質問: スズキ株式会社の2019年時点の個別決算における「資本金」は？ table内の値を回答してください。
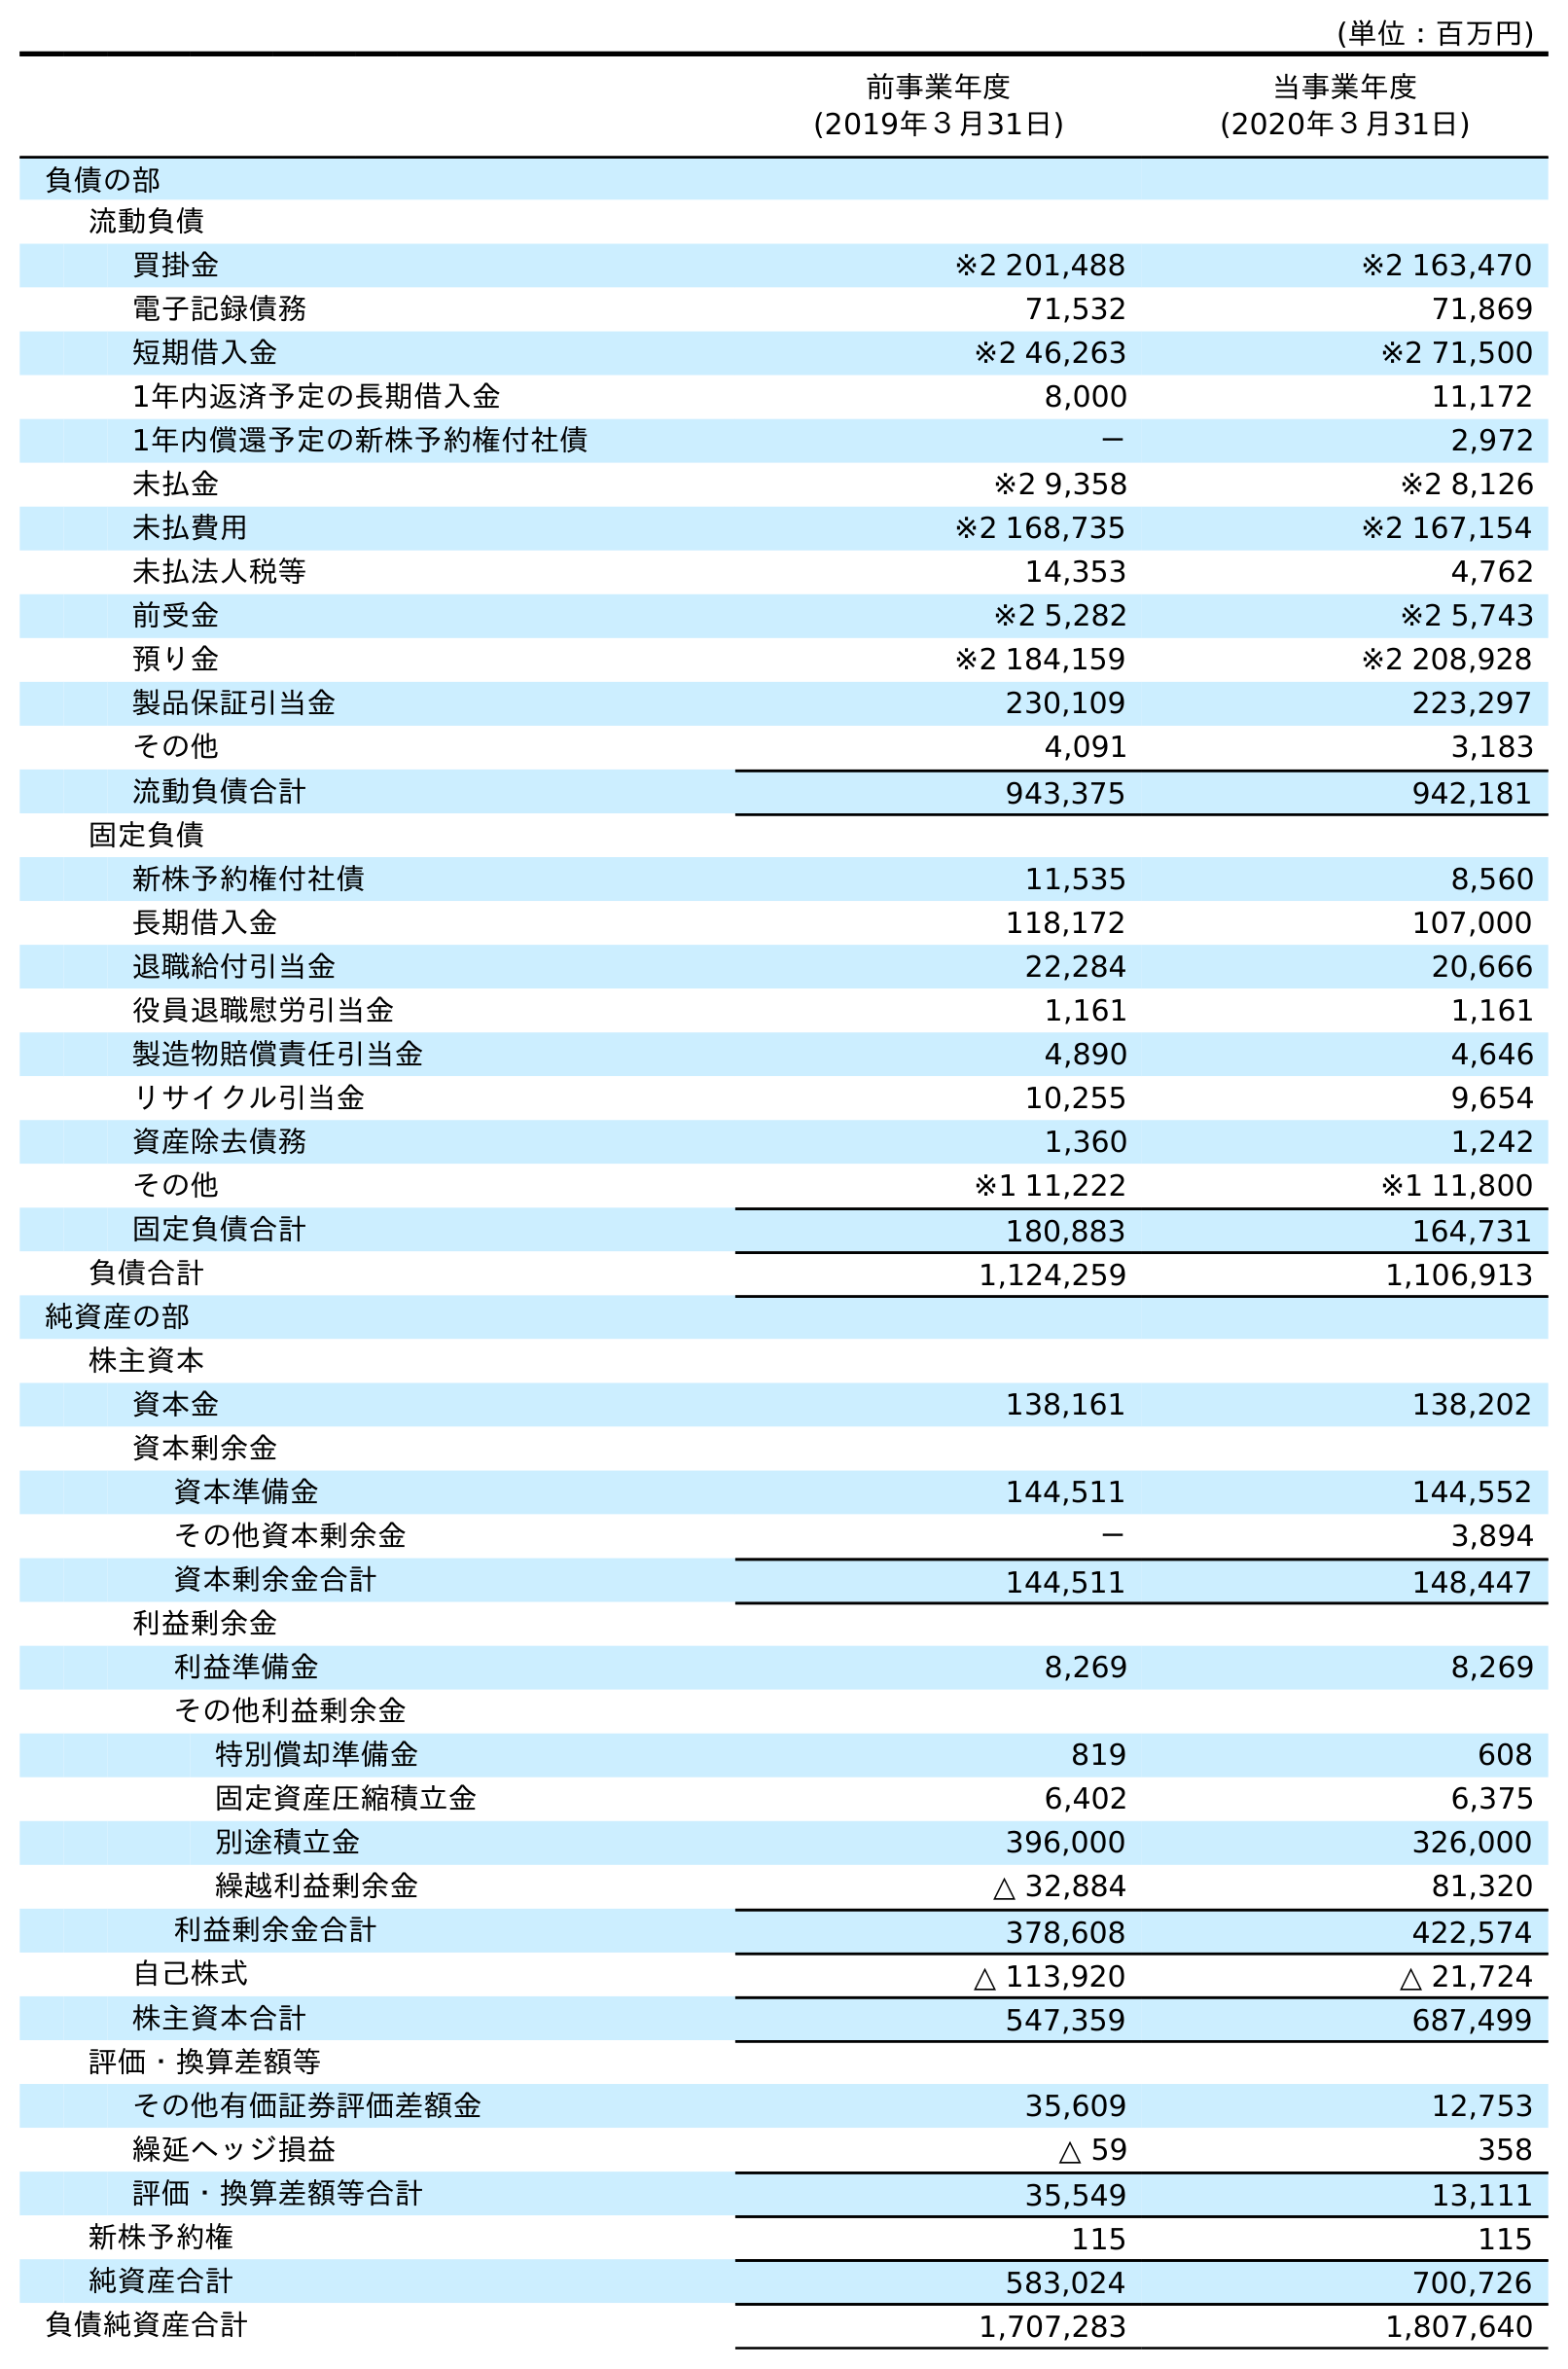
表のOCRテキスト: (単位：百万円) 前事業年度 (2019年３月31日) 当事業年度 (2020年３月31日) 負債の部 流動負債 買掛金 ※2 201,488 ※2 163,470 電子記録債務 71,532 71,869 短期借入金 ※2 46,263 ※2 71,500 1年内返済予定の長期借入金 8,000 11,172 1年内償還予定の新株予約権付社債 － 2,972 未払金 ※2 9,358 ※2 8,126 未払費用 ※2 168,735 ※2 167,154 未払法人税等 14,353 4,762 前受金 ※2 5,282 ※2 5,743 預り金 ※2 184,159 ※2 208,928 製品保証引当金 230,109 223,297 その他 4,091 3,183 流動負債合計 943,375 942,181 固定負債 新株予約権付社債 11,535 8,560 長期借入金 118,172 107,000 退職給付引当金 22,284 20,666 役員退職慰労引当金 1,161 1,161 製造物賠償責任引当金 4,890 4,646 リサイクル引当金 10,255 9,654 資産除去債務 1,360 1,242 その他 ※1 11,222 ※1 11,800 固定負債合計 180,883 164,731 負債合計 1,124,259 1,106,913 純資産の部 株主資本 資本金 138,161 138,202 資本剰余金 資本準備金 144,511 144,552 その他資本剰余金 － 3,894 資本剰余金合計 144,511 148,447 利益剰余金 利益準備金 8,269 8,269 その他利益剰余金 特別償却準備金 819 608 固定資産圧縮積立金 6,402 6,375 別途積立金 396,000 326,000 繰越利益剰余金 △ 32,884 81,320 利益剰余金合計 378,608 422,574 自己株式 △ 113,920 △ 21,724 株主資本合計 547,359 687,499 評価・換算差額等 その他有価証券評価差額金 35,609 12,753 繰延ヘッジ損益 △ 59 358 評価・換算差額等合計 35,549 13,111 新株予約権 115 115 純資産合計 583,024 700,726 負債純資産合計 1,707,283 1,807,640
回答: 138,161